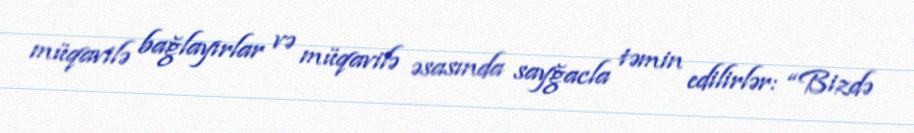
müqavilə bağlayırlar və müqavilə əsasında sayğacla təmin edilirlər: “Bizdə